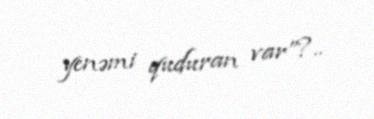
yenəmi quduran var”?..